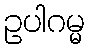
ဥပါဂမ္မ